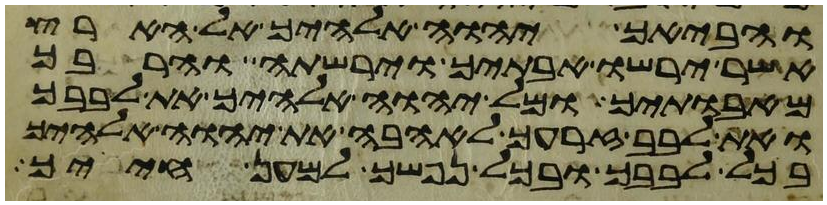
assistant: והביאך יהוה אלהיך אל הארץ
אשר ירשו אבתיך וירשתה והרבך
מאבתיך ומל יהוה אלהיך את לבבך
ואת לבב זרעך לאהבה את יהוה אלהיך
בכל לבבך ובכל נפשך למען חייך